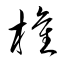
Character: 権